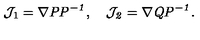
{ \cal J } _ { 1 } = \nabla \it P P ^ { - 1 } , \quad { \cal J } _ { 2 } = \nabla \it Q P ^ { - 1 } .